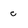
Character: c